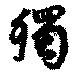
獨